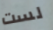
لست